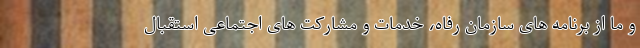
و ما از برنامه های سازمان رفاه، خدمات و مشارکت های اجتماعی استقبال